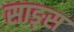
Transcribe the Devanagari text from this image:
साङ्स